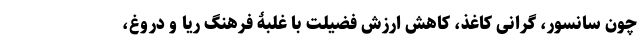
چون سانسور، گرانی کاغذ، کاهش ارزش فضیلت با غلبۀ فرهنگ ریا و دروغ،